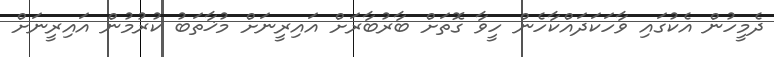
ދެމީހުން އެކުގައި ވާހަކަދައްކާހެން ހީވާ ގޮތަށް ބާރުބާރަށް އައިރީނަށް މުޚާތަބު ކުރުމުން އައިރީނަށް